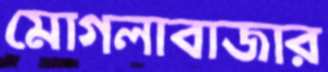
মোগলাবাজার